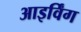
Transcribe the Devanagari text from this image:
आइर्विंग